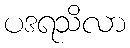
ပဒရသိလာ